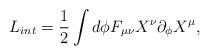
LaTeX: \begin{align*}L_{int} = \frac{1}{2} \int d\phi F_{\mu\nu} X^\nu \partial_\phi X^\mu,\end{align*}